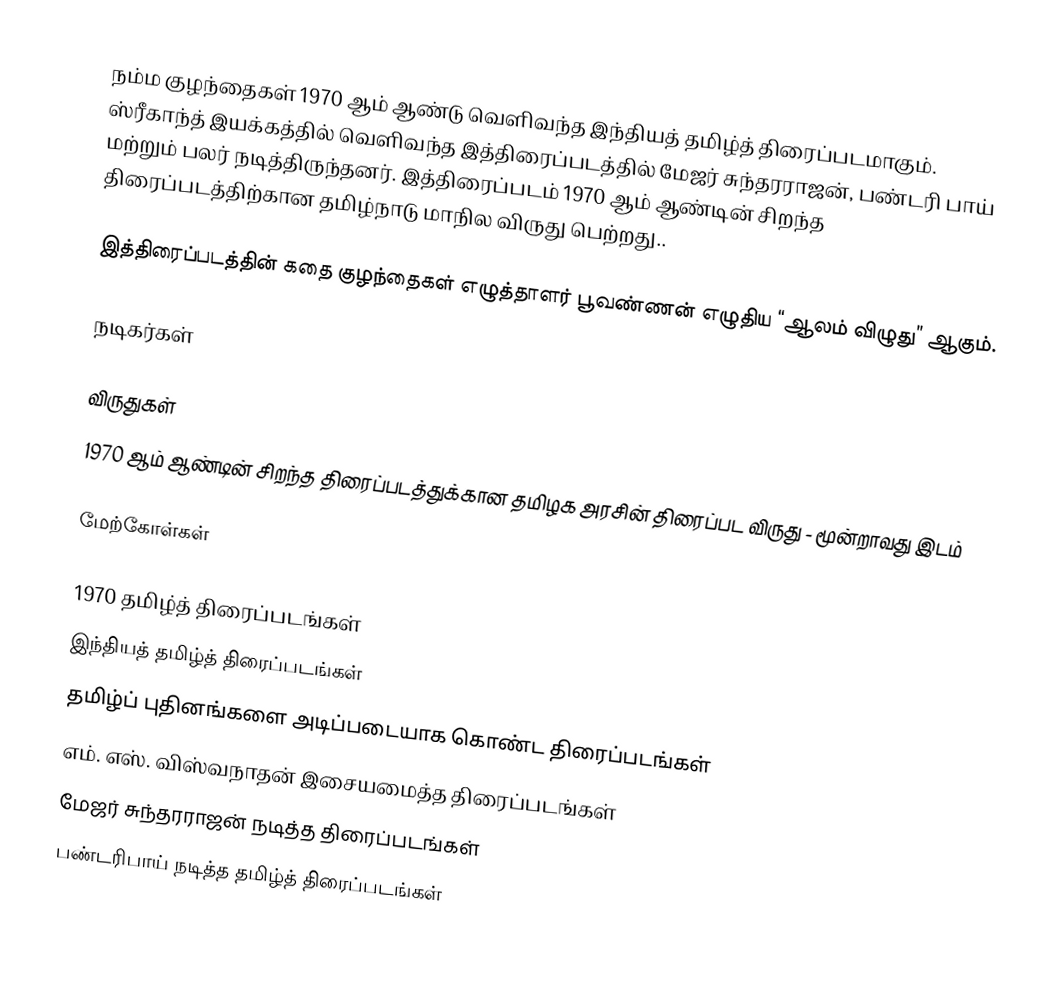
நம்ம குழந்தைகள் 1970 ஆம் ஆண்டு வெளிவந்த இந்தியத் தமிழ்த் திரைப்படமாகும். ஸ்ரீகாந்த் இயக்கத்தில் வெளிவந்த இத்திரைப்படத்தில் மேஜர் சுந்தரராஜன், பண்டரி பாய் மற்றும் பலர் நடித்திருந்தனர். இத்திரைப்படம் 1970 ஆம் ஆண்டின் சிறந்த திரைப்படத்திற்கான தமிழ்நாடு மாநில விருது பெற்றது..

இத்திரைப்படத்தின் கதை குழந்தைகள் எழுத்தாளர் பூவண்ணன் எழுதிய “ஆலம் விழுது” ஆகும்.

நடிகர்கள்

விருதுகள்
 1970 ஆம் ஆண்டின் சிறந்த திரைப்படத்துக்கான தமிழக அரசின் திரைப்பட விருது  - மூன்றாவது இடம்

மேற்கோள்கள்

1970 தமிழ்த் திரைப்படங்கள்
இந்தியத் தமிழ்த் திரைப்படங்கள்
தமிழ்ப் புதினங்களை அடிப்படையாக கொண்ட திரைப்படங்கள்
எம். எஸ். விஸ்வநாதன் இசையமைத்த திரைப்படங்கள்
மேஜர் சுந்தரராஜன் நடித்த திரைப்படங்கள்
பண்டரிபாய் நடித்த தமிழ்த் திரைப்படங்கள்